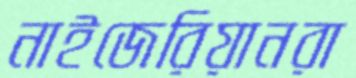
নাইজেরিয়ানরা